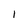
Character: 1